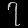
Digit: ၇